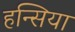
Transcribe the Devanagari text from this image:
हन्सिया